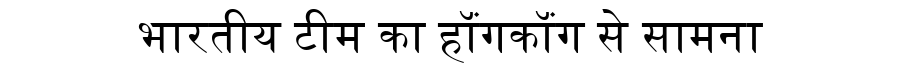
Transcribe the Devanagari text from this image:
भारतीय टीम का हॉंगकॉंग से सामना